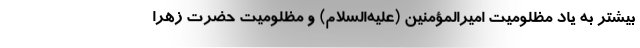
بیشتر به یاد مظلومیت امیرالمؤمنین (علیه‌السلام) و مظلومیت حضرت زهرا